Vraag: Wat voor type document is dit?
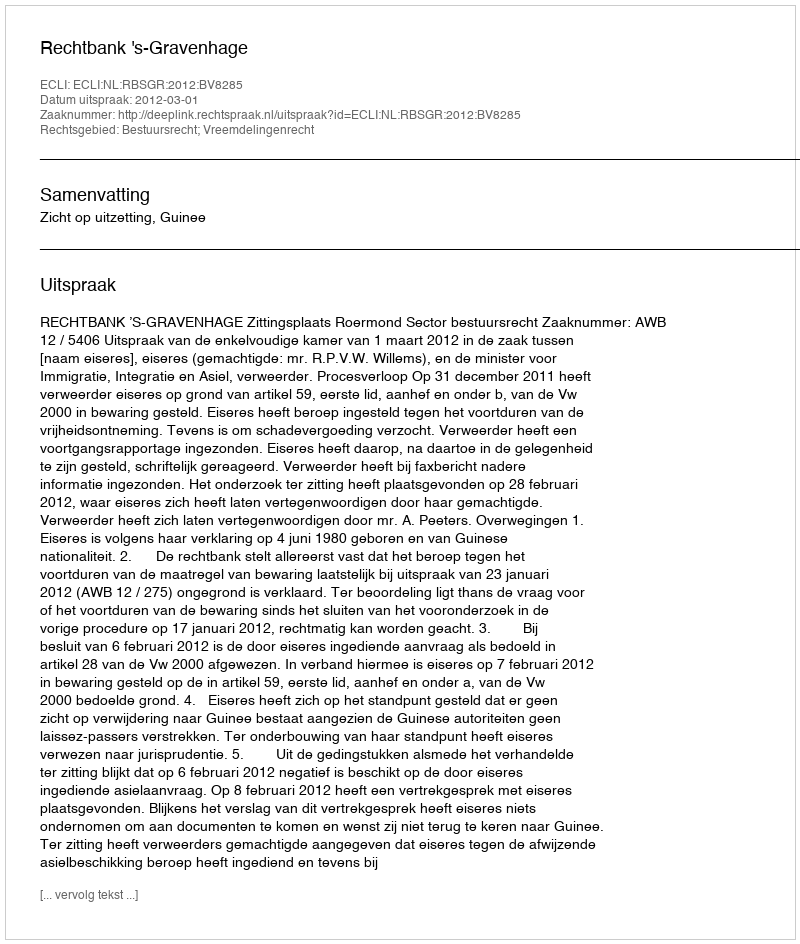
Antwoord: Uitspraak